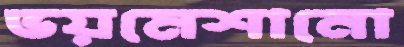
ভয়মেশানো